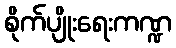
စိုက်ပျိုးရေးကဏ္ဍ